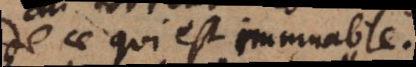
de ce qui est immuable.